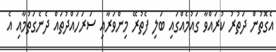
އެގޮތުން ދަތުރު ކުރައްވާ ގައުމެއްގައި ބަލި ފެތުރޭ މިންވަރާއި ސަރަހައްދުތައް ދެނެގަތުމާއި އެ